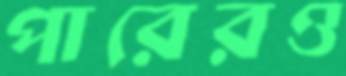
পারেরও